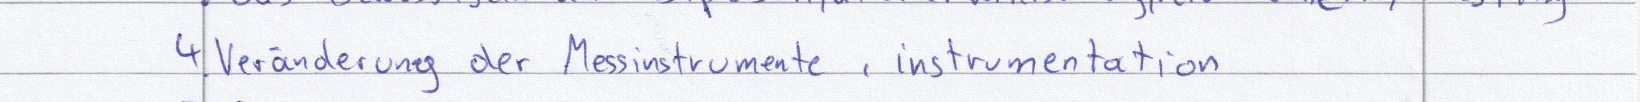
4. Veränderung der Messinstrumente, instrumentation